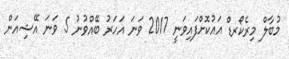
މުބާލް މިރެކޯރޑް އައުކޮށްފައިވަނީ 2017 ވަނަ އަހަރު ބޭއްވުނު 5 ވަނަ އޭޝިއަން